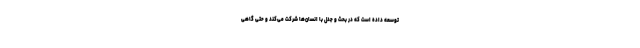
توسعه داده است که در بحث و جدل با انسان‌ها شرکت می‌کند و حتی گاهی